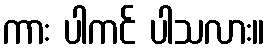
ကား ပါကင် ပါသလား။